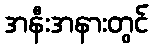
အနီးအနားတွင်